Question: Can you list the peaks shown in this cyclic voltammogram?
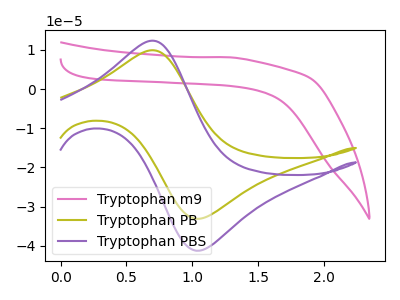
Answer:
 <answer>The pink curve "Tryptophan m9" has no peaks. The olive curve "Tryptophan PB" has an anodic peak at (0.70V, 9.90uA) and a cathodic peak at (1.05V, -33.10uA). The purple curve "Tryptophan PBS" has an anodic peak at (0.70V, 12.35uA) and a cathodic peak at (1.05V, -41.20uA).</answer>
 <eval></eval>